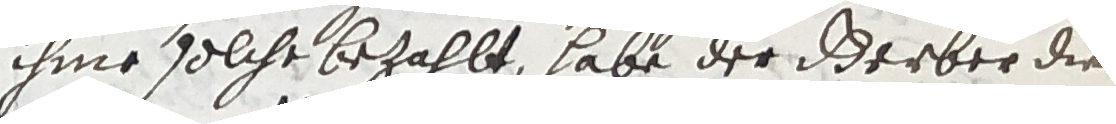
ihme solche bezahlt, habe der derber die